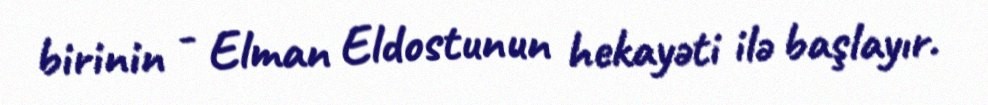
birinin - Elman Eldostunun hekayəti ilə başlayır.